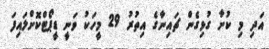
އަދި މި ކުށާ ގުޅިގެން ޗައިނާގެ އިތުރު 29 މީހަކު ވަނީ ޑީޕޯޓްކޮށްލައިފަ